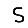
Digit: 5